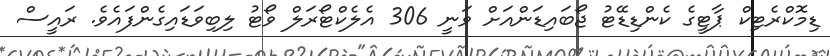
ޑިމޮކްރެޓިކް ޕާޓީގެ ކެންޑިޑޭޓު ޖޯބައިޑަންއަށް ވަނީ 306 އެލެކްޓޯރަލް ވޯޓު ލިބިވަޑައިގެންފައެވެ. ރައީސް